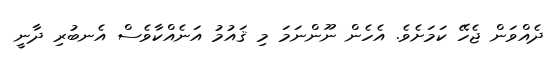
ދެއްވަން ޖެހޭ ކަމަށެވެ. އެހެން ނޫންނަމަ މި ޤައުމު އަނެއްކާވެސް އެނބުރި ދާނީ